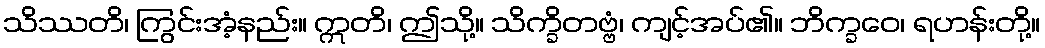
သိဿတိ၊ ကြွင်းအံ့နည်း။ ဣတိ၊ ဤသို့။ သိက္ခိတဗ္ဗံ၊ ကျင့်အပ်၏။ ဘိက္ခဝေ၊ ရဟန်းတို့။